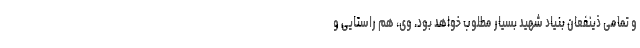
و تمامی ذینفعان بنیاد شهید بسیار مطلوب خواهد بود. وی، هم راستایی و